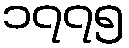
၁၇၇၅